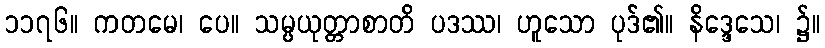
၁၁၇၆။ ကတမေ၊ ပေ။ သမ္ပယုတ္တာစာတိ ပဒဿ၊ ဟူသော ပုဒ်၏။ နိဒ္ဒေသေ၊ ၌။